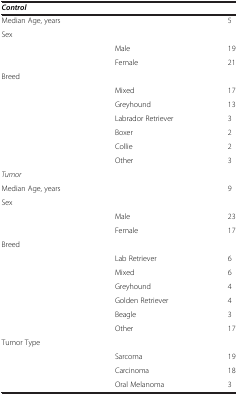
<table><thead><tr><td><b><i>Control</i></b></td><td><b> </b></td><td><b> </b></td></tr></thead><tbody><tr><td>Median Age, years</td><td> </td><td>5</td></tr><tr><td>Sex</td><td> </td><td> </td></tr><tr><td> </td><td>Male</td><td>19</td></tr><tr><td> </td><td>Female</td><td>21</td></tr><tr><td>Breed</td><td> </td><td> </td></tr><tr><td> </td><td>Mixed</td><td>17</td></tr><tr><td> </td><td>Greyhound</td><td>13</td></tr><tr><td> </td><td>Labrador Retriever</td><td>3</td></tr><tr><td> </td><td>Boxer</td><td>2</td></tr><tr><td> </td><td>Collie</td><td>2</td></tr><tr><td> </td><td>Other</td><td>3</td></tr><tr><td><i>Tumor</i></td><td> </td><td> </td></tr><tr><td>Median Age, years</td><td> </td><td>9</td></tr><tr><td>Sex</td><td> </td><td> </td></tr><tr><td> </td><td>Male</td><td>23</td></tr><tr><td> </td><td>Female</td><td>17</td></tr><tr><td>Breed</td><td> </td><td> </td></tr><tr><td> </td><td>Lab Retriever</td><td>6</td></tr><tr><td> </td><td>Mixed</td><td>6</td></tr><tr><td> </td><td>Greyhound</td><td>4</td></tr><tr><td> </td><td>Golden Retriever</td><td>4</td></tr><tr><td> </td><td>Beagle</td><td>3</td></tr><tr><td> </td><td>Other</td><td>17</td></tr><tr><td>Tumor Type</td><td> </td><td> </td></tr><tr><td> </td><td>Sarcoma</td><td>19</td></tr><tr><td> </td><td>Carcinoma</td><td>18</td></tr><tr><td> </td><td>Oral Melanoma</td><td>3</td></tr></tbody></table>